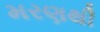
મરણથી